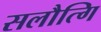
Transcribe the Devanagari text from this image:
सलौत्गि